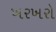
ખરખરો